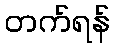
တက်ရန်